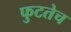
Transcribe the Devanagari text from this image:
फुटतेच